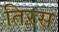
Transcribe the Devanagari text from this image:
तिरस